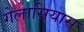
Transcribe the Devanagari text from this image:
गेलासियास